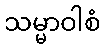
သမ္မာဝါစံ